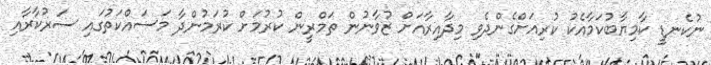
ނުކެނޑީ ކާމިޔާބުކަމާއެކު ކުރިއަށްގެންދެވި މިދާއިރާއަށް ޒުވާނުން ތަމްރީން ކުރުމަށް ކުރަމުންދާ މަސައްކަތުގައި ސަރުކާރާއި